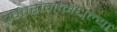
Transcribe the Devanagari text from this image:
पर्वतरांगांमधल्या